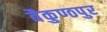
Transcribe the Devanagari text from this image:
बैकुण्ठपुर